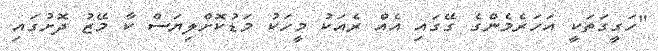
"ހަގީގަތަކީ އަހަރެމެންގެ ގޭގައި އެއް ރެއަކު މީހަކު މަޑުކޮށްލިޔަސް ކާ މޭޒު ދޮށުގައި